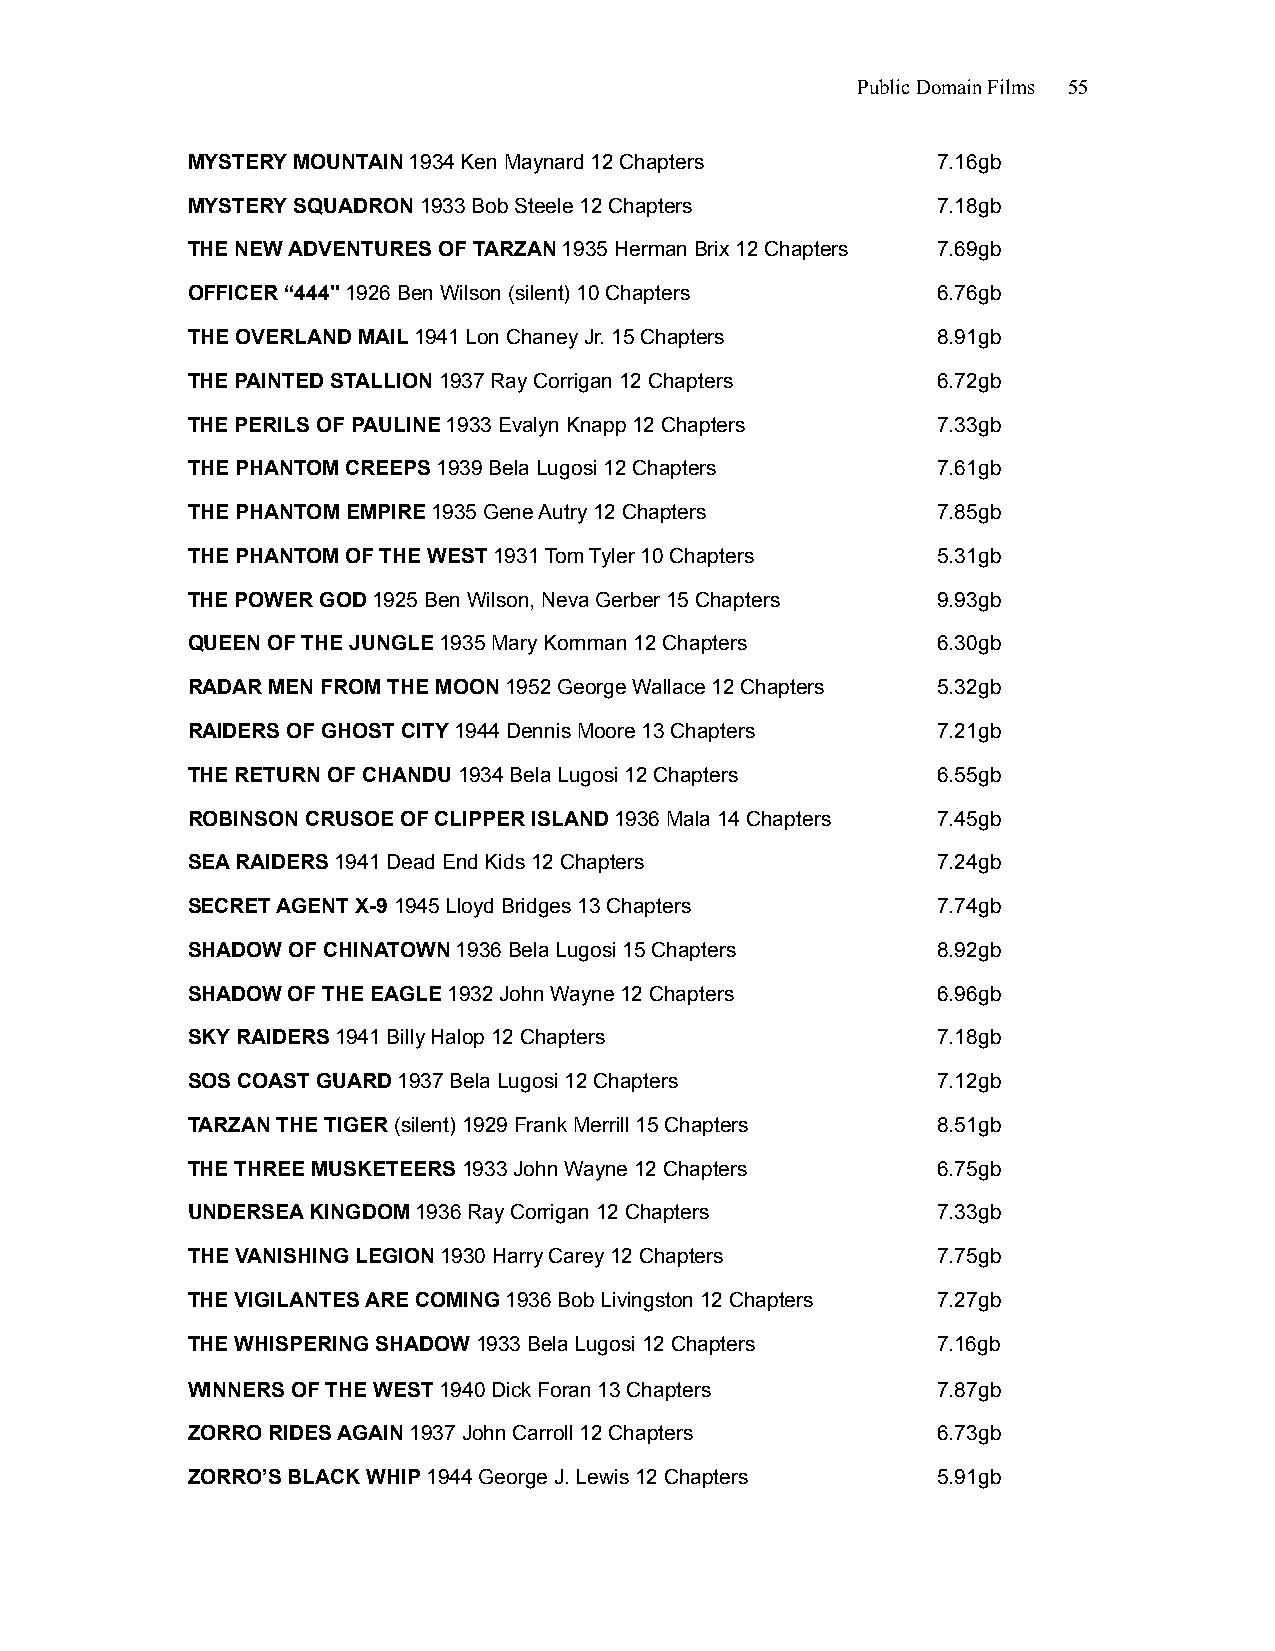
Public Domain Films 55
 MYSTERY MOUNTAIN 1934 Ken Maynard 12 Chapters     7.16gb
 MYSTERY SQUADRON 1933 Bob Steele 12 Chapters      7.18gb
 THE NEW ADVENTURES OF TARZAN 1935 Herman Brix 12 Chapters 7.69gb
 OFFICER “444" 1926 Ben Wilson (silent) 10 Chapters 6.76gb
 THE OVERLAND MAIL 1941 Lon Chaney Jr. 15 Chapters 8.91gb
 THE PAINTED STALLION 1937 Ray Corrigan 12 Chapters 6.72gb
 THE PERILS OF PAULINE 1933 Evalyn Knapp 12 Chapters 7.33gb
 THE PHANTOM CREEPS 1939 Bela Lugosi 12 Chapters   7.61gb
 THE PHANTOM EMPIRE 1935 Gene Autry 12 Chapters    7.85gb
 THE PHANTOM OF THE WEST 1931 Tom Tyler 10 Chapters 5.31gb
 THE POWER GOD 1925 Ben Wilson, Neva Gerber 15 Chapters 9.93gb
 QUEEN OF THE JUNGLE 1935 Mary Kornman 12 Chapters 6.30gb
 RADAR MEN FROM THE MOON 1952 George Wallace 12 Chapters 5.32gb
 RAIDERS OF GHOST CITY 1944 Dennis Moore 13 Chapters 7.21gb
 THE RETURN OF CHANDU 1934 Bela Lugosi 12 Chapters 6.55gb
 ROBINSON CRUSOE OF CLIPPER ISLAND 1936 Mala 14 Chapters 7.45gb
 SEA RAIDERS 1941 Dead End Kids 12 Chapters        7.24gb
 SECRET AGENT X-9 1945 Lloyd Bridges 13 Chapters   7.74gb
 SHADOW OF CHINATOWN 1936 Bela Lugosi 15 Chapters  8.92gb
 SHADOW OF THE EAGLE 1932 John Wayne 12 Chapters   6.96gb
 SKY RAIDERS 1941 Billy Halop 12 Chapters          7.18gb
 SOS COAST GUARD 1937 Bela Lugosi 12 Chapters      7.12gb
 TARZAN THE TIGER (silent) 1929 Frank Merrill 15 Chapters 8.51gb
 THE THREE MUSKETEERS 1933 John Wayne 12 Chapters  6.75gb
 UNDERSEA KINGDOM 1936 Ray Corrigan 12 Chapters    7.33gb
 THE VANISHING LEGION 1930 Harry Carey 12 Chapters 7.75gb
 THE VIGILANTES ARE COMING 1936 Bob Livingston 12 Chapters 7.27gb
 THE WHISPERING SHADOW 1933 Bela Lugosi 12 Chapters 7.16gb
 WINNERS OF THE WEST 1940 Dick Foran 13 Chapters   7.87gb
 ZORRO RIDES AGAIN 1937 John Carroll 12 Chapters   6.73gb
 ZORRO’S BLACK WHIP 1944 George J. Lewis 12 Chapters 5.91gb